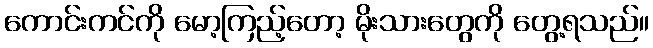
ကောင်းကင်ကို မော့ကြည့်တော့ မိုးသားတွေကို တွေ့ရသည်။